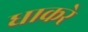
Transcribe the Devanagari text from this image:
धाकरे